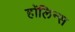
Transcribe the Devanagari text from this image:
हॉलिन्स